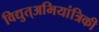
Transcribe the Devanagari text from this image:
विद्युत्अभियांत्रिकी